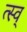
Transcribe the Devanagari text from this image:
त्स्व्